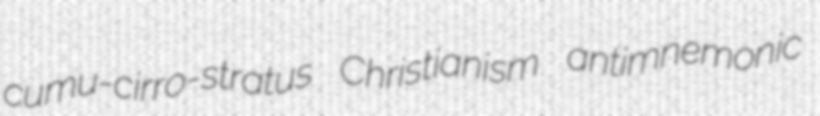
cumu-cirro-stratus Christianism antimnemonic